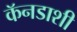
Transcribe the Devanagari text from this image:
कॅनडाशी